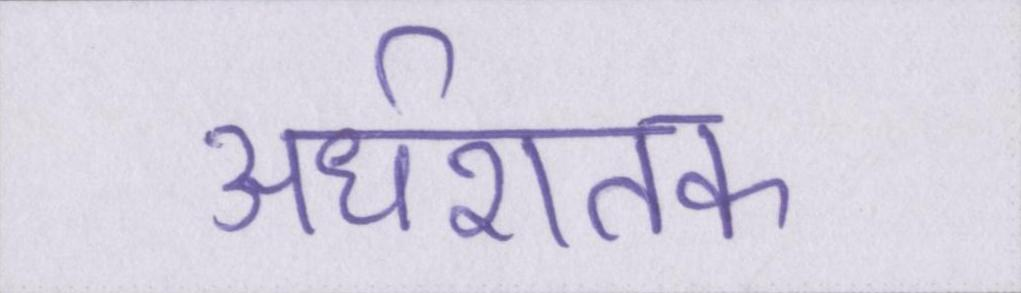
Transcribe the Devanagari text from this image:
अर्धशतक